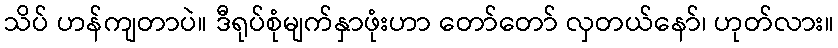
သိပ် ဟန်ကျတာပဲ။ ဒီရုပ်စုံမျက်နှာဖုံးဟာ တော်တော် လှတယ်နော်၊ ဟုတ်လား။